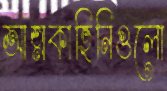
আত্মকাহিনিগুলো